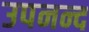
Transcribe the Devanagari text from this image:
उपनन्द